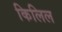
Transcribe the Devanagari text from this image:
किलिल